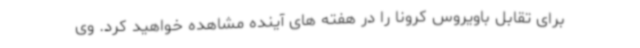
برای تقابل باویروس کرونا را در هفته های آینده مشاهده خواهید کرد. وی